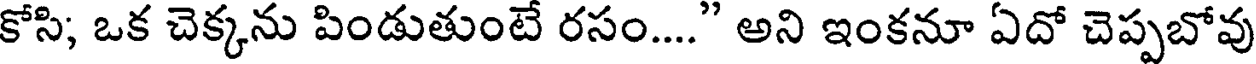
కోసి; ఒక చెక్కను పిండుతుంటే రసం...." అని ఇంకనూ ఏదో చెప్పబోవు